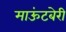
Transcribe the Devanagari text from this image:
माऊंटबेरी